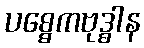
ပစ္စေကဗုဒ္ဓါန